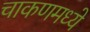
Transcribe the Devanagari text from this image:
चाकणमध्ये